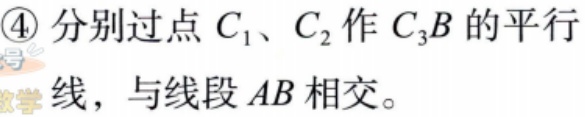
\textcircled{4}分别过点\(C_{1}\)、\(C_{2}\)作\(C_{3}B\)的平行线，与线段\(AB\)相交。